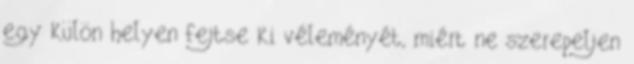
egy külön helyen fejtse ki véleményét, miért ne szerepeljen